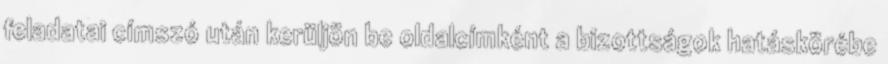
feladatai címszó után kerüljön be oldalcímként a bizottságok hatáskörébe